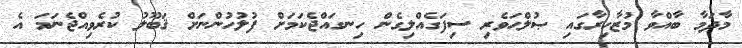
މާދަމާ ބާއްވާ މުޒާހިރާގައި ޞުލްޙަވެރި ސިފަގެއްލިގެން ހިނގައްޖެކަމަށް ފުލުހުންނަށް ޤަބޫލު ކުރެވިއްޖެނަމަ އެ